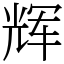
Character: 辉